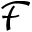
\mathcal { F }